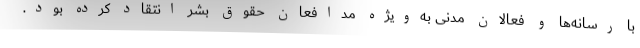
با رسانه‌ها و فعالان مدنی به‌ویژه مدافعان حقوق بشر انتقاد کرده بود.